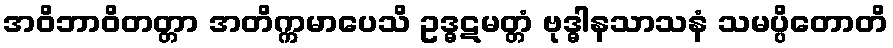
အဝိဘာဝိတတ္တာ အတိက္ကမာပေသိ ဥဒ္ဓဋမတ္တံ ဗုဒ္ဓါနသာသနံ သမပ္ပိတောတိ